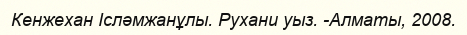
Кенжехан Ісләмжанұлы. Рухани уыз. -Алматы, 2008.